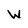
Character: W